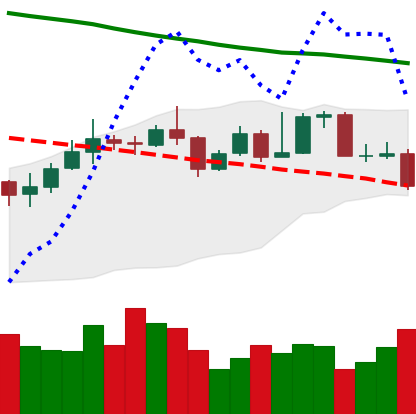
Ticker: XMR-USD
Chart end date: 2019-11-18
Forward return: -12.235%
Label: down_7plus